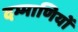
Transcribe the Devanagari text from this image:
दम्माणियों